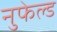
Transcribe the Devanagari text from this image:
नुफेल्ड